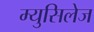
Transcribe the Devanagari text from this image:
म्युसिलेज